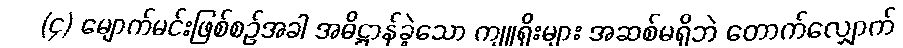
(၄) မျောက်မင်းဖြစ်စဉ်အခါ အဓိဋ္ဌာန်ခဲ့သော ကျူရိုးများ အဆစ်မရှိဘဲ တောက်လျှောက်